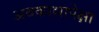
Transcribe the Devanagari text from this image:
अवकाशापेक्षा